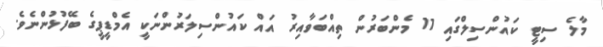
މާލެ ސިޓީ ކައުންސިލްގައި 11 މެންބަރުން ތިއްބަވާއިރު އައް ކައުންސިލަރުންނަކީ އެމްޑީޕީގެ ބޭފުޅުންނެވެ.